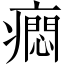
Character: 𤺯